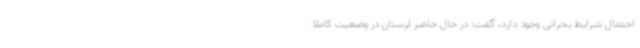
احتمال شرایط بحرانی وجود دارد، گفت: در حال حاضر لرستان در وضعیت کاملاً